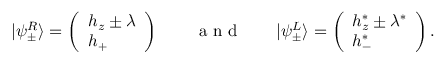
| \psi _ { \pm } ^ { R } \rangle = \left( \begin{array} { l } { h _ { z } \pm \lambda } \\ { h _ { + } } \end{array} \right) \qquad \textnormal { a n d } \qquad | \psi _ { \pm } ^ { L } \rangle = \left( \begin{array} { l } { h _ { z } ^ { * } \pm \lambda ^ { * } } \\ { h _ { - } ^ { * } } \end{array} \right) .